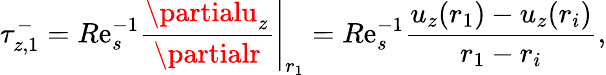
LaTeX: \tau_{z,1}^{-}=R\mathrm{e}_{s}^{-1}\left.\displaystyle\frac{{\partialu_{z}}}{{\partialr}}\right|_{r_{1}}=R\mathrm{e}_{s}^{-1}\displaystyle\frac{{u_{z}(r_{1})-u_{z}(r_{i})}}{{r_{1}-r_{i}}},